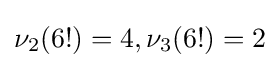
\nu _{2}(6!)=4,\nu _{3}(6!)=2